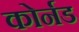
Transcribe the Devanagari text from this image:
कोर्नड